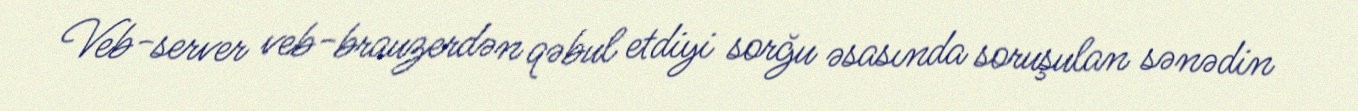
Veb-server veb-brauzerdən qəbul etdiyi sorğu əsasında soruşulan sənədin